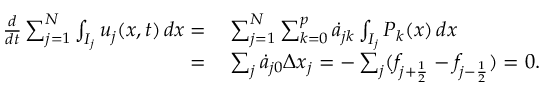
\begin{array} { r l } { \frac { d } { d t } \sum _ { j = 1 } ^ { N } \int _ { I _ { j } } u _ { j } ( x , t ) \mathop { d x } = } & { { } \sum _ { j = 1 } ^ { N } \sum _ { k = 0 } ^ { p } \dot { a } _ { j k } \int _ { I _ { j } } P _ { k } ( x ) \mathop { d x } } \\ { = } & { { } \sum _ { j } \dot { a } _ { j 0 } \Delta x _ { j } = - \sum _ { j } ( f _ { j + \frac { 1 } { 2 } } - f _ { j - \frac { 1 } { 2 } } ) = 0 . } \end{array}